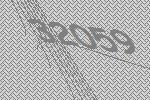
32059